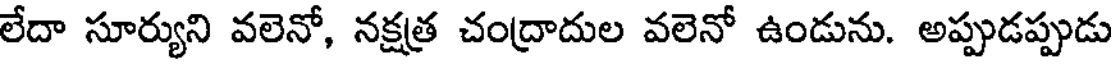
లేదా సూర్యుని వలెనో, నక్షత్ర చంద్రాదుల వలెనో ఉండును. అప్పుడప్పుడు